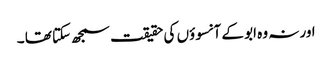
اور نہ وہ ابو کے آنسوؤں کی حقیقت سمجھ سکتا تھا ۔